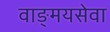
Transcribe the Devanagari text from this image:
वाङ्‌मयसेवा